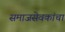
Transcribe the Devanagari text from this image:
समाजसेवकांचा